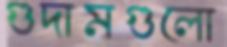
গুদামগুলো